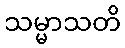
သမ္မာသတိ